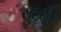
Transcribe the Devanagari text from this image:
ठुट्ढी